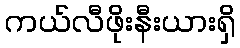
ကယ်လီဖိုးနီးယားရှိ